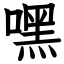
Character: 嘿